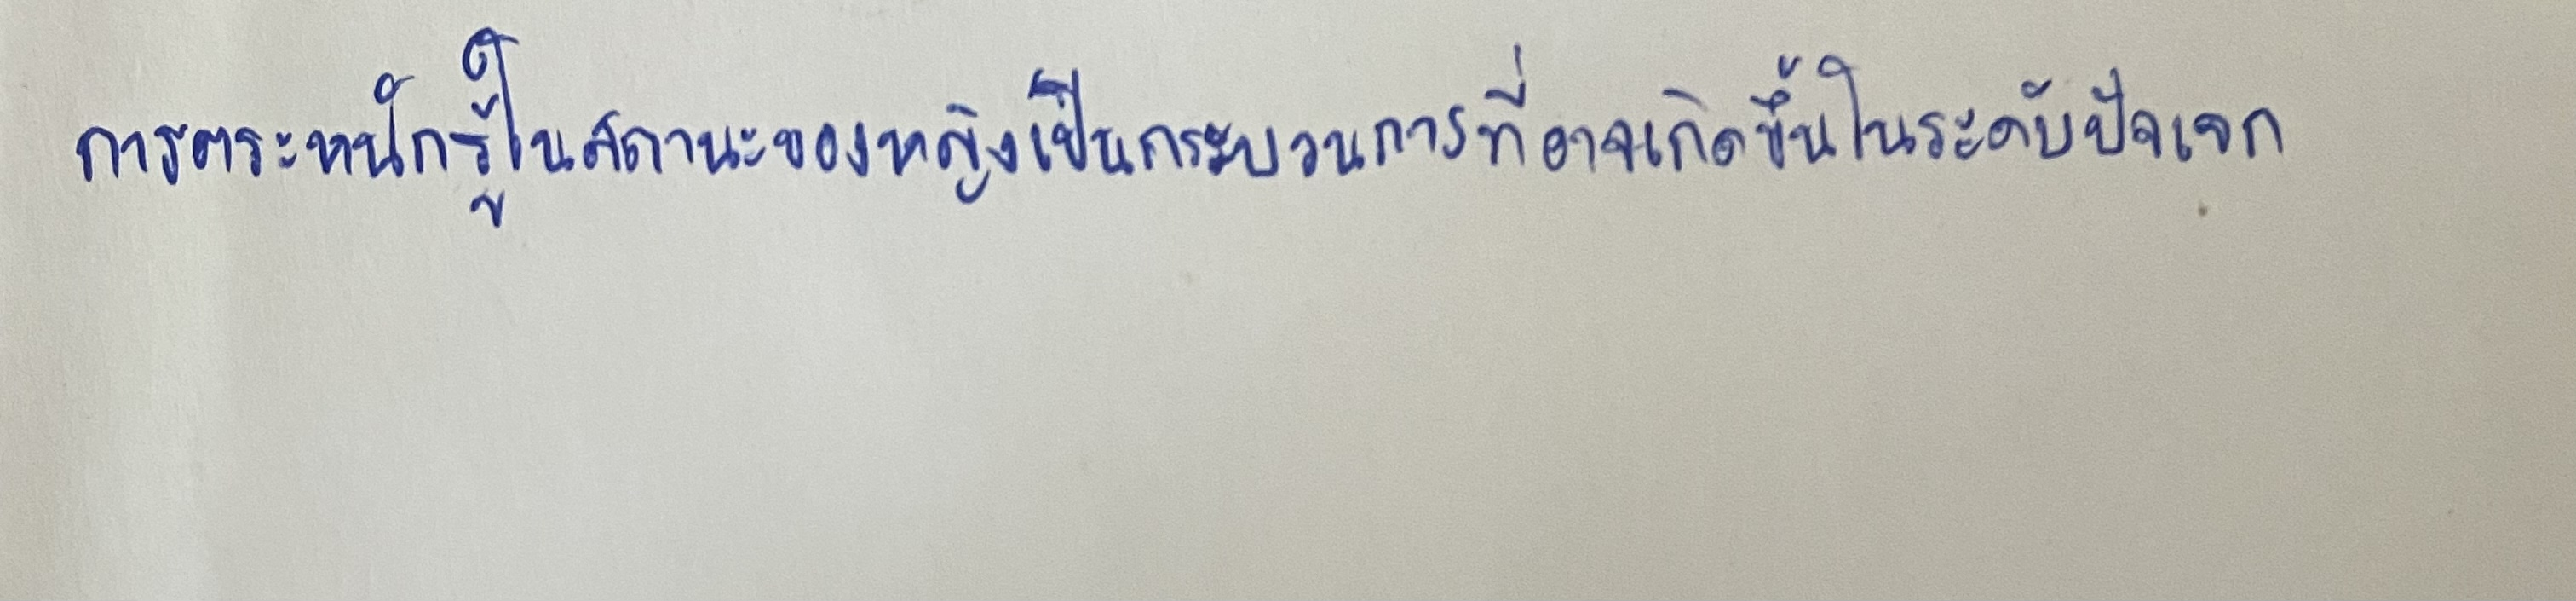
การตระหนักรู้ในสถานะของหญิงเป็นกระบวนการที่อาจเกิดขึ้นในระดับปัจเจก